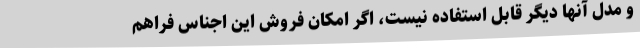
و مدل آنها دیگر قابل استفاده نیست، اگر امکان فروش این اجناس فراهم